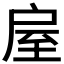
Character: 𢩈